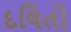
દલિતો